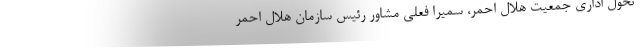
تحول اداری جمعیت هلال احمر، سمیرا فعلی مشاور رئیس سازمان هلال احمر